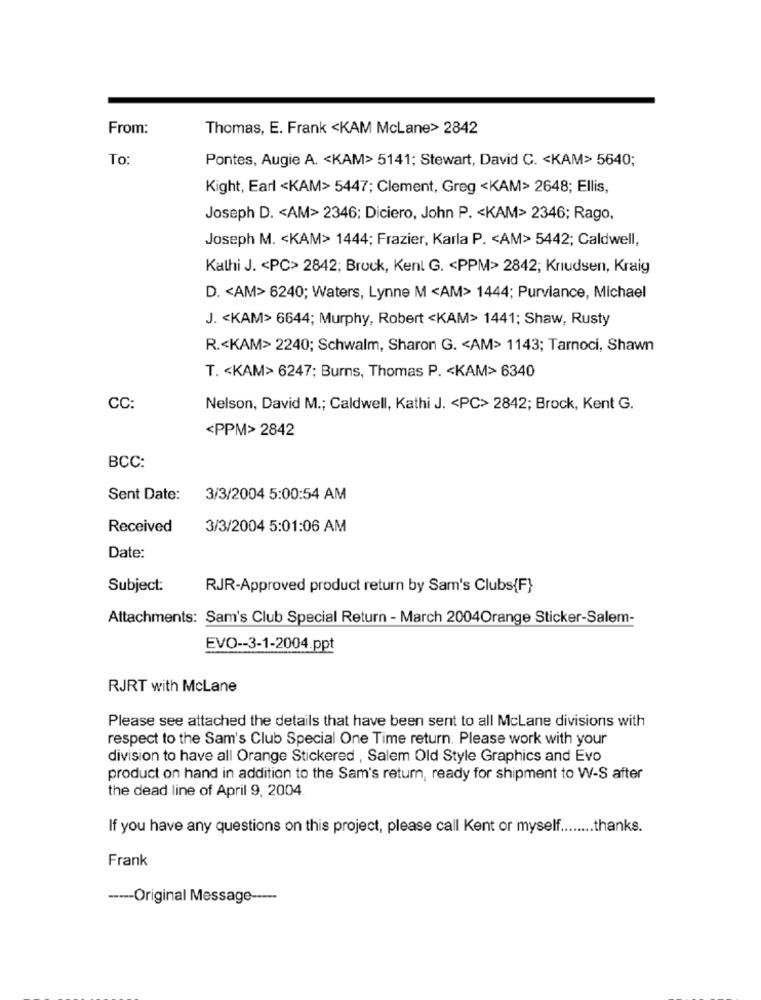
From:
Thomas, E. Frank <KAM McLane> 2842
To
Pontes, Augie A. < KAM> 5141; Stewart, David C. < KAM> 5640;
Kight, Earl <KAM> 5447; Clement, Greg <KAM> 2648; Ellis,
Joseph D. < AM> 2346; Diciero, John P. < KAM> 2346; Rago,
Joseph M. < KAM> 1444; Frazier, Karla P. < AM> 5442; Caldwell,
Kathi J. < PC> 2842; Brock, Kent G. < PPM> 2842; Knudsen, Kraig
D. < AM> 6240; Waters, Lynne M <AM> 1444; Purviance, Michael
J. < KAM> 6644; Murphy, Robert <KAM> 1441; Shaw, Rusty
R .< KAM> 2240; Schwalm, Sharon G. < AM> 1143; Tarnoci, Shawn
T. < KAM> 6247; Burns, Thomas P. < KAM> 6340
CC
Nelson, David M .; Caldwell, Kathi J. < PC> 2842; Brock, Kent G.
<PPM> 2842
BCC:
Sent Date:
3/3/2004 5:00:54 AM
Received
3/3/2004 5:01:06 AM
Date:
Subject:
RJR-Approved product return by Sam's Clubs{F}
Attachments: Sam's Club Special Return - March 2004Orange Sticker-Salem-
EVO -- 3-1-2004.ppt
RJRT with McLane
Please see attached the details that have been sent to all McLane divisions with
respect to the Sam's Club Special One Time return. Please work with your
division to have all Orange Stickered , Salem Old Style Graphics and Evo
product on hand in addition to the Sam's retum, ready for shipment to W-S after
the dead line of April 9, 2004.
If you have any questions on this project, please call Kent or myself ........ thanks.
Frank
----- Original Message -----